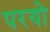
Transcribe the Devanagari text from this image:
परयो